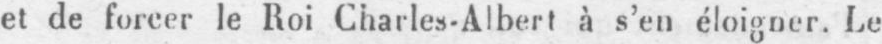
et de forcer le Roi Charles-Albert à s’en éloigner. Le